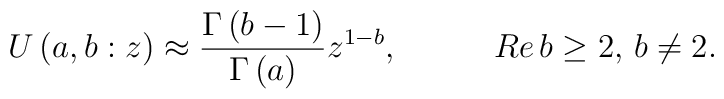
U\left( a,b:z\right) \approx \frac{\Gamma \left( b-1\right) }{\Gamma \left( a\right) }z^{1-b},\, \, \, \, \, \, \, \, \, \, \, \, \, \, \, \, \, Re\, b\geq 2,\, b\neq 2.